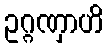
ဥဂ္ဂဏှာဟိ